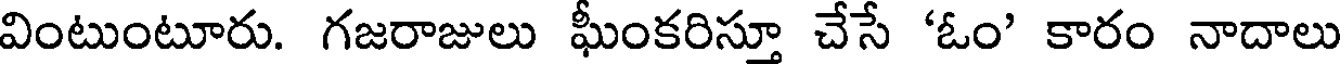
వింటుంటూరు. గజరాజులు ఘీంకరిస్తూ చేసే 'ఓం' కారం నాదాలు